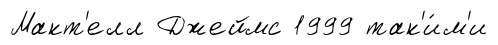
Макт'елл Джеймс 1999 так'и́м'и